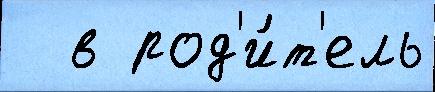
  в род'и́т'ель